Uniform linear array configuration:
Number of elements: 4
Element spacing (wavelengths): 1
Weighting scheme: uniform
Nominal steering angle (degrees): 0
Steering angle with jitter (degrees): -0.5219
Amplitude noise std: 0.05
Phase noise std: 0.05

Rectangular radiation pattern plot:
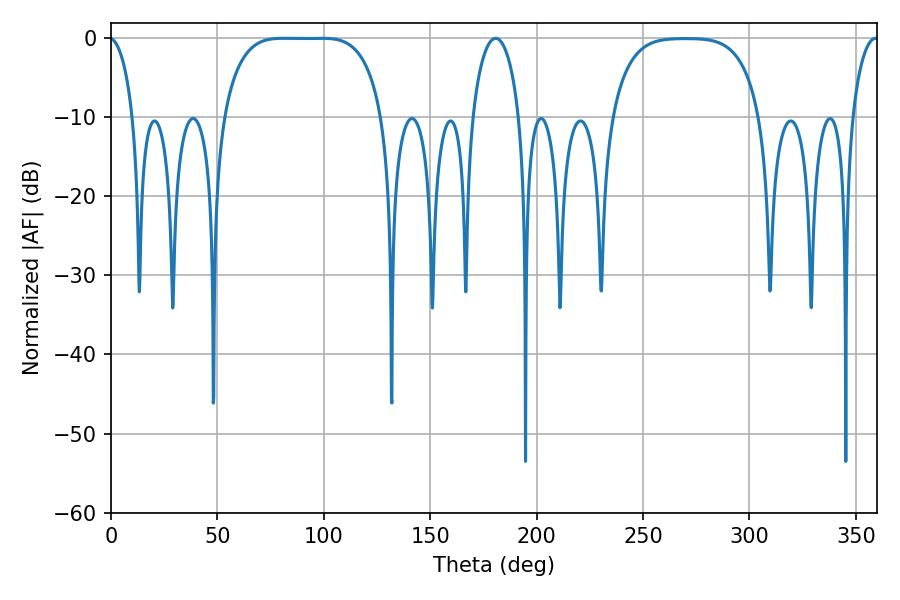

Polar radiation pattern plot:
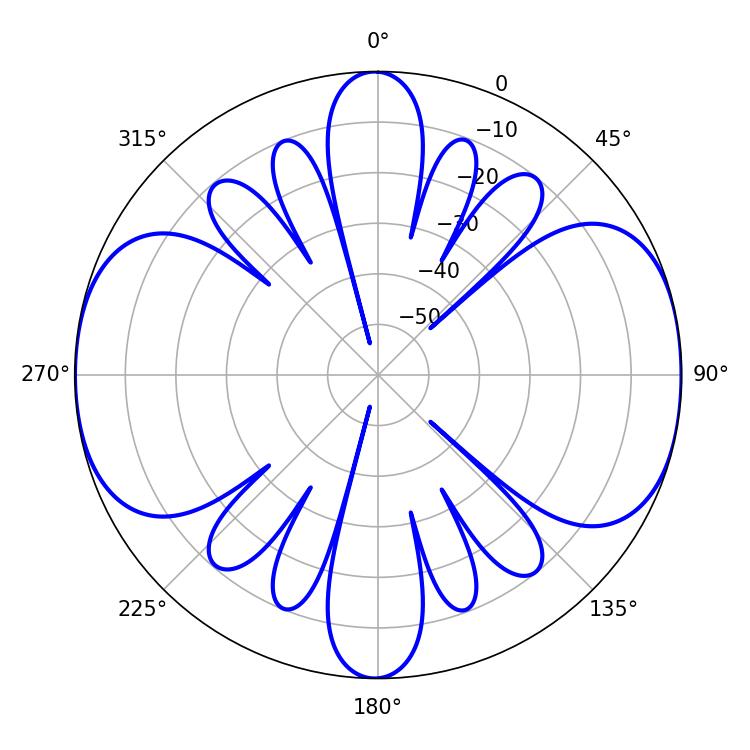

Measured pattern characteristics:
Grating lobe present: TRUE
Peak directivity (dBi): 12.799
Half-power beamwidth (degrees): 57.6
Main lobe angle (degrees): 80.82